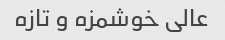
عالی خوشمزه و تازه